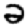
Digit: 2